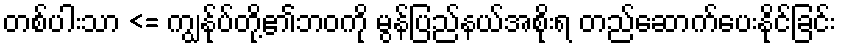
တစ်ပါးသာ <= ကျွနု်ပ်တို့၏ဘဝကို မွန်ပြည်နယ်အစိုးရ တည်ဆောက်ပေးနိုင်ခြင်း